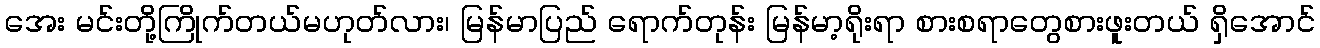
အေး မင်းတို့ကြိုက်တယ်မဟုတ်လား၊ မြန်မာပြည် ရောက်တုန်း မြန်မာ့ရိုးရာ စားစရာတွေစားဖူးတယ် ရှိအောင်